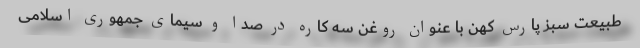
طبیعت سبز پارس کهن با عنوان روغن سه کاره در صدا و سیمای جمهوری اسلامی